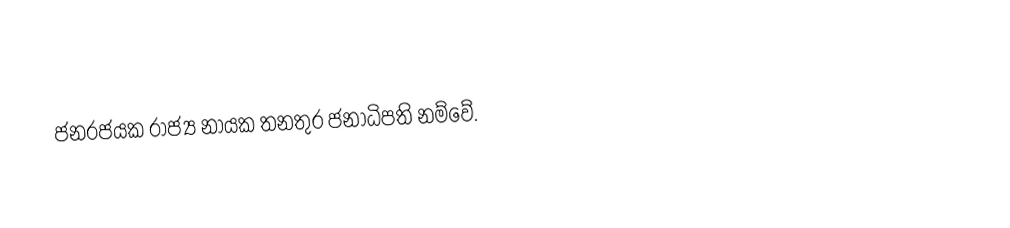
ජනරජයක රාජ්‍ය නායක තනතුර ජනාධිපති නම්වේ.